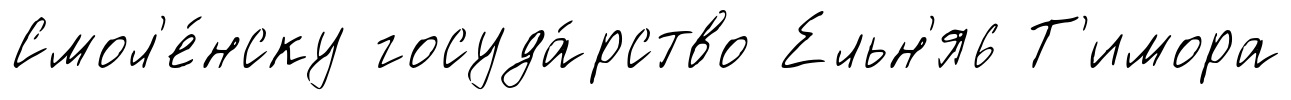
Смол'е́нску госуда́рство Ельн'я6 Т'имора